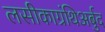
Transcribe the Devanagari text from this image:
लसीकाग्रंथिअर्बुद